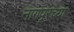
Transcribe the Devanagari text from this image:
नागपूरच्‍या